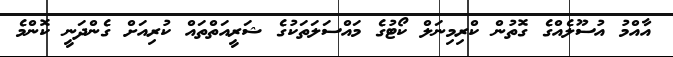
އާއްމު އުސޫލެއްގެ ގޮތުން ކްރިމިނަލް ކޯޓުގެ މައްސަލަތަކުގެ ޝަރީއަތްތައް ކުރިއަށް ގެންދަނީ ކޮންމެ